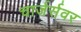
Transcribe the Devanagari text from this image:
चार्जर्सवर